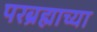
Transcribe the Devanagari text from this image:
परब्रह्माच्या